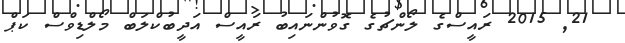
21